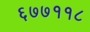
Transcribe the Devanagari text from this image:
६७७११८